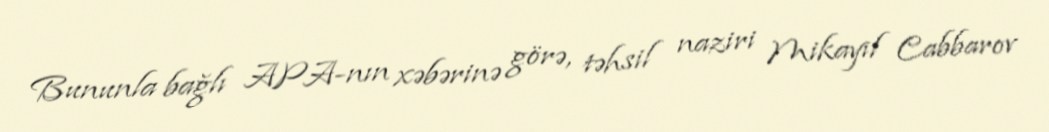
Bununla bağlı APA-nın xəbərinə görə, təhsil naziri Mikayıl Cabbarov